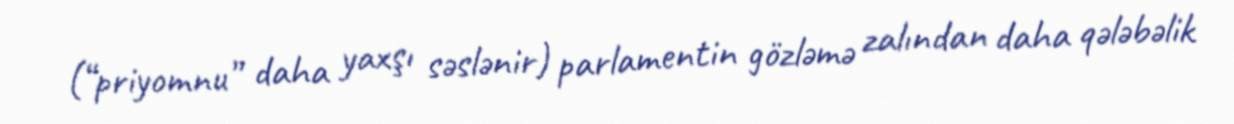
(“priyomnu” daha yaxşı səslənir) parlamentin gözləmə zalından daha qələbəlik